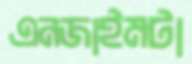
এনজাইমটা